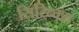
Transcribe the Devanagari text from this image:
सिरिन्क्स